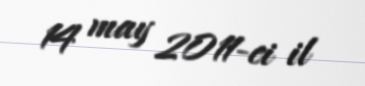
14 may 2011-ci il